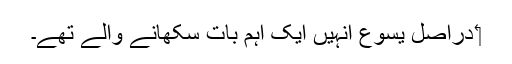
‏ دراصل یسوع اُنہیں ایک اہم بات سکھانے والے تھے۔